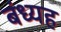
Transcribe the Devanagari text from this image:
बंध्यह